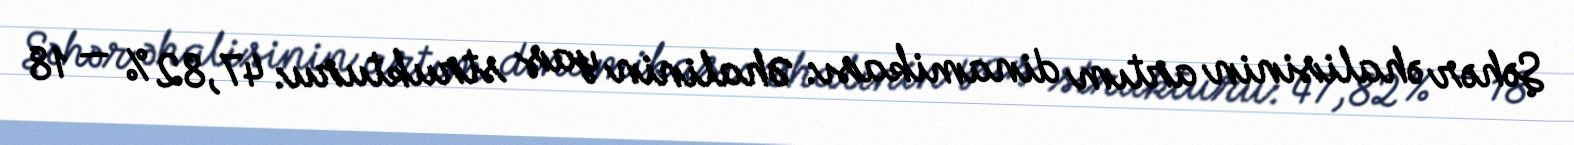
Şəhər əhalisinin artım dinamikası: Əhalinin yaş strukturu: 47,82 % — 18